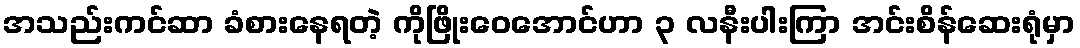
အသည်းကင်ဆာ ခံစားနေရတဲ့ ကိုဖြိုးဝေအောင်ဟာ ၃ လနီးပါးကြာ အင်းစိန်ဆေးရုံမှာ